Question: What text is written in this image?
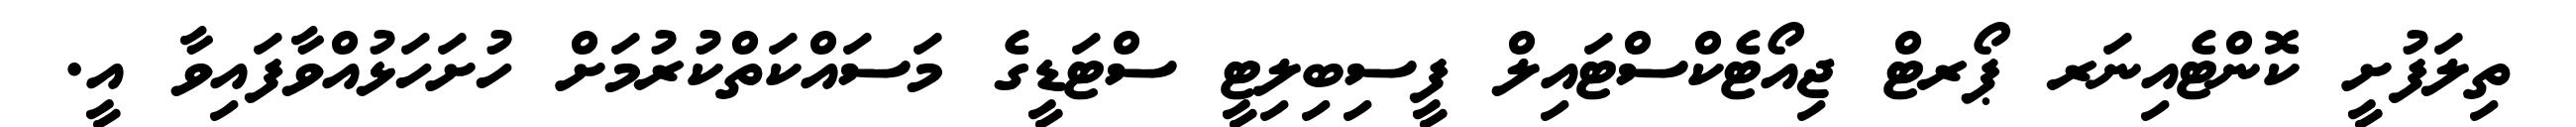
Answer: ތިލަފުށީ ކޮންޓެއިނަރ ޕޯރޓް ޖިއޯޓެކްސްޓައިލް ފީސިބިލިޓީ ސްޓަޑީގެ މަސައްކަތްކުރުމަށް ހުށަހަޅުއްވާފައިވާ އީ.